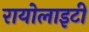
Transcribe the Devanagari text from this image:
रायोलाइटी